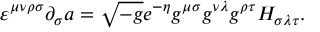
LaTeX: \varepsilon ^ { \mu \nu \rho \sigma } \partial _ { \sigma } a = \sqrt { - g } e ^ { - \eta } g ^ { \mu \sigma } g ^ { \nu \lambda } g ^ { \rho \tau } H _ { \sigma \lambda \tau } .